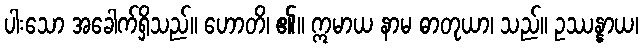
ပါးသော အခေါက်ရှိသည်။ ဟောတိ၊ ၏။ ဣမာယ နာမ ဓာတုယာ၊ သည်။ ဥဿန္နာယ၊